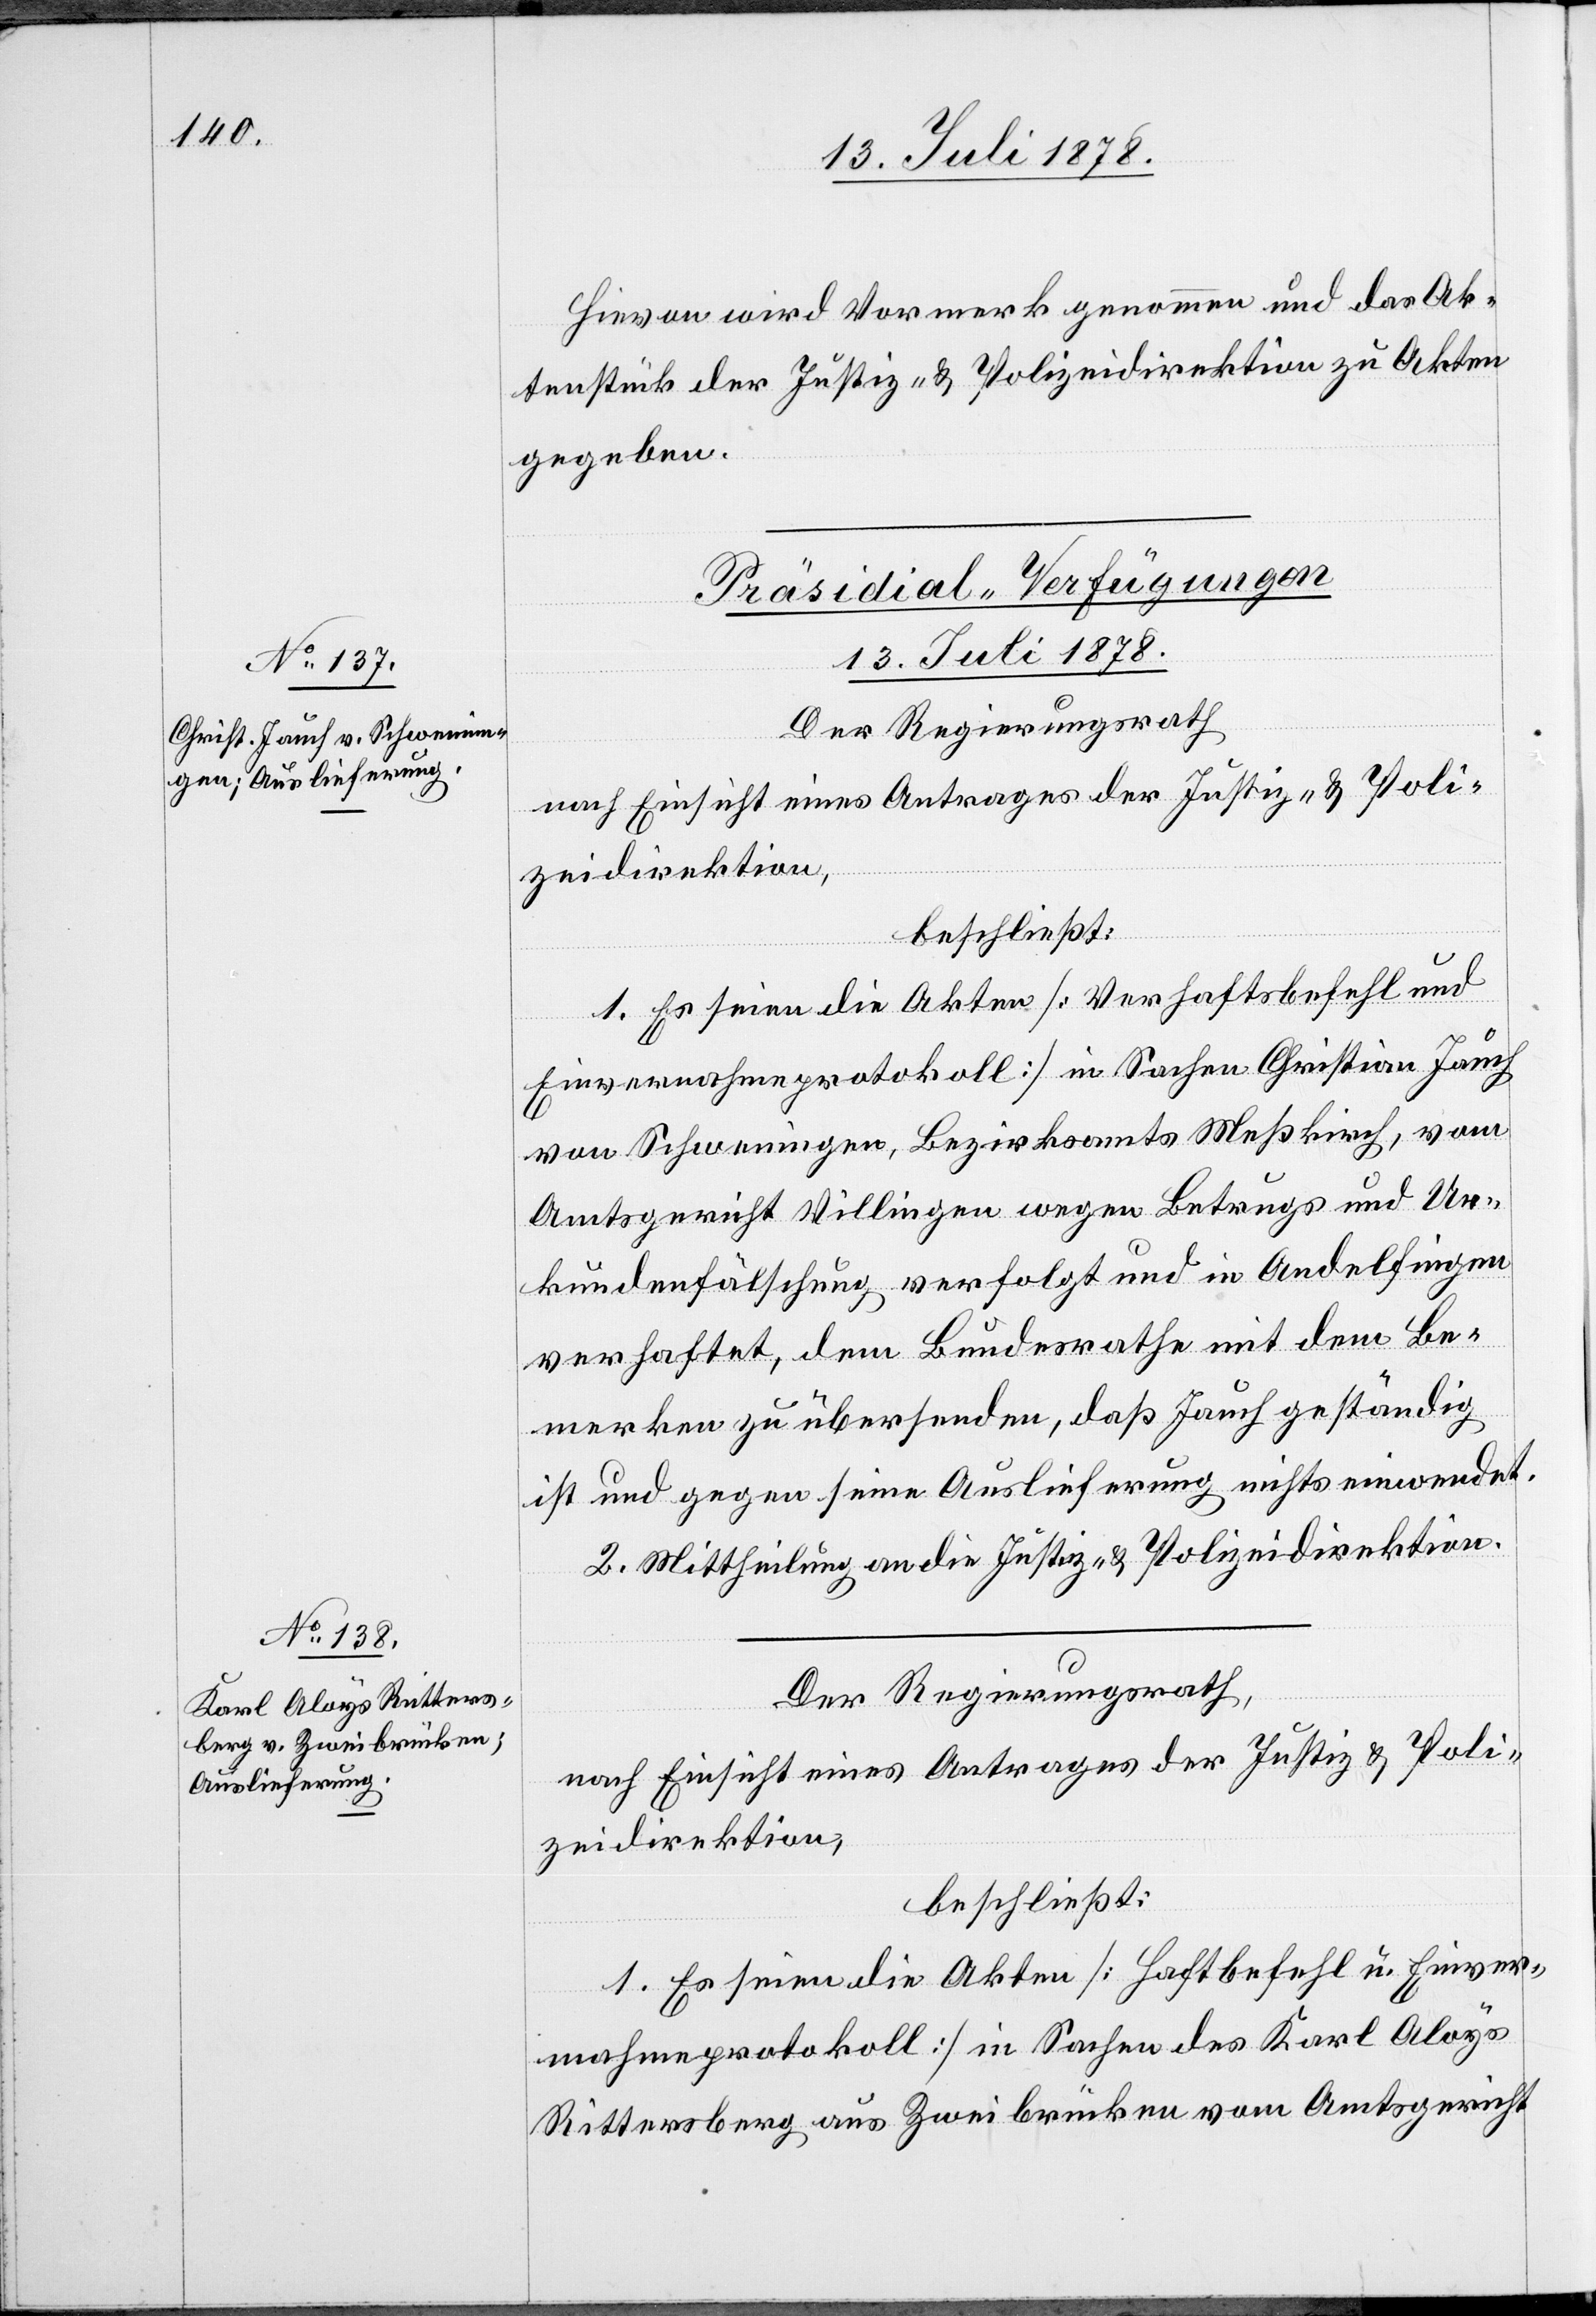
Hievon wird Vormerk genommen und das Ak¬
tenstück der Justiz- & Polizeidirektion zu Akten
gegeben.
[Präsidial-Verfügungen
13. Juli 1878.]
inver¬
Der Regierungsrath
nach Einsicht eines Antrages der Justiz- & Poli¬
zeidirektion,
beschließt:
1. Es seien die Akten [Verhaftsbefehl und
E¬
Einvernahmeprotokoll] in Sachen Christian Jauch
von Schweningen, Bezirksamts Meßkirch, vom
Amtsgericht Villingen wegen Betrugs und Ur¬
kundefälschung verfolgt und in Andelfingen
verhaftet, dem Bundesrathe mit dem Be¬
merken zu übersenden, daß Jauch geständig
ist und gegen seine Auslieferung nichts einwendet.
2. Mittheilung an die Justiz- & Polizeidirektion.
nahmeprotokoll] in Sachen des Karl Aloys
Rittersberg aus Zweibrücken vom Amtsgericht